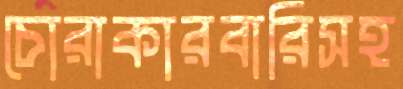
চোরাকারবারিসহ